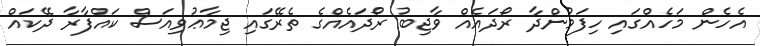
އެހެން މަހެއްގައި ހިފަމުންދާ ރޯދައެއް ވާޖިބު ރޯދައެއްގެ ތެރޭގައި ޖިމާޢުވިއަސް ކައްފާރާ ދޭކައް